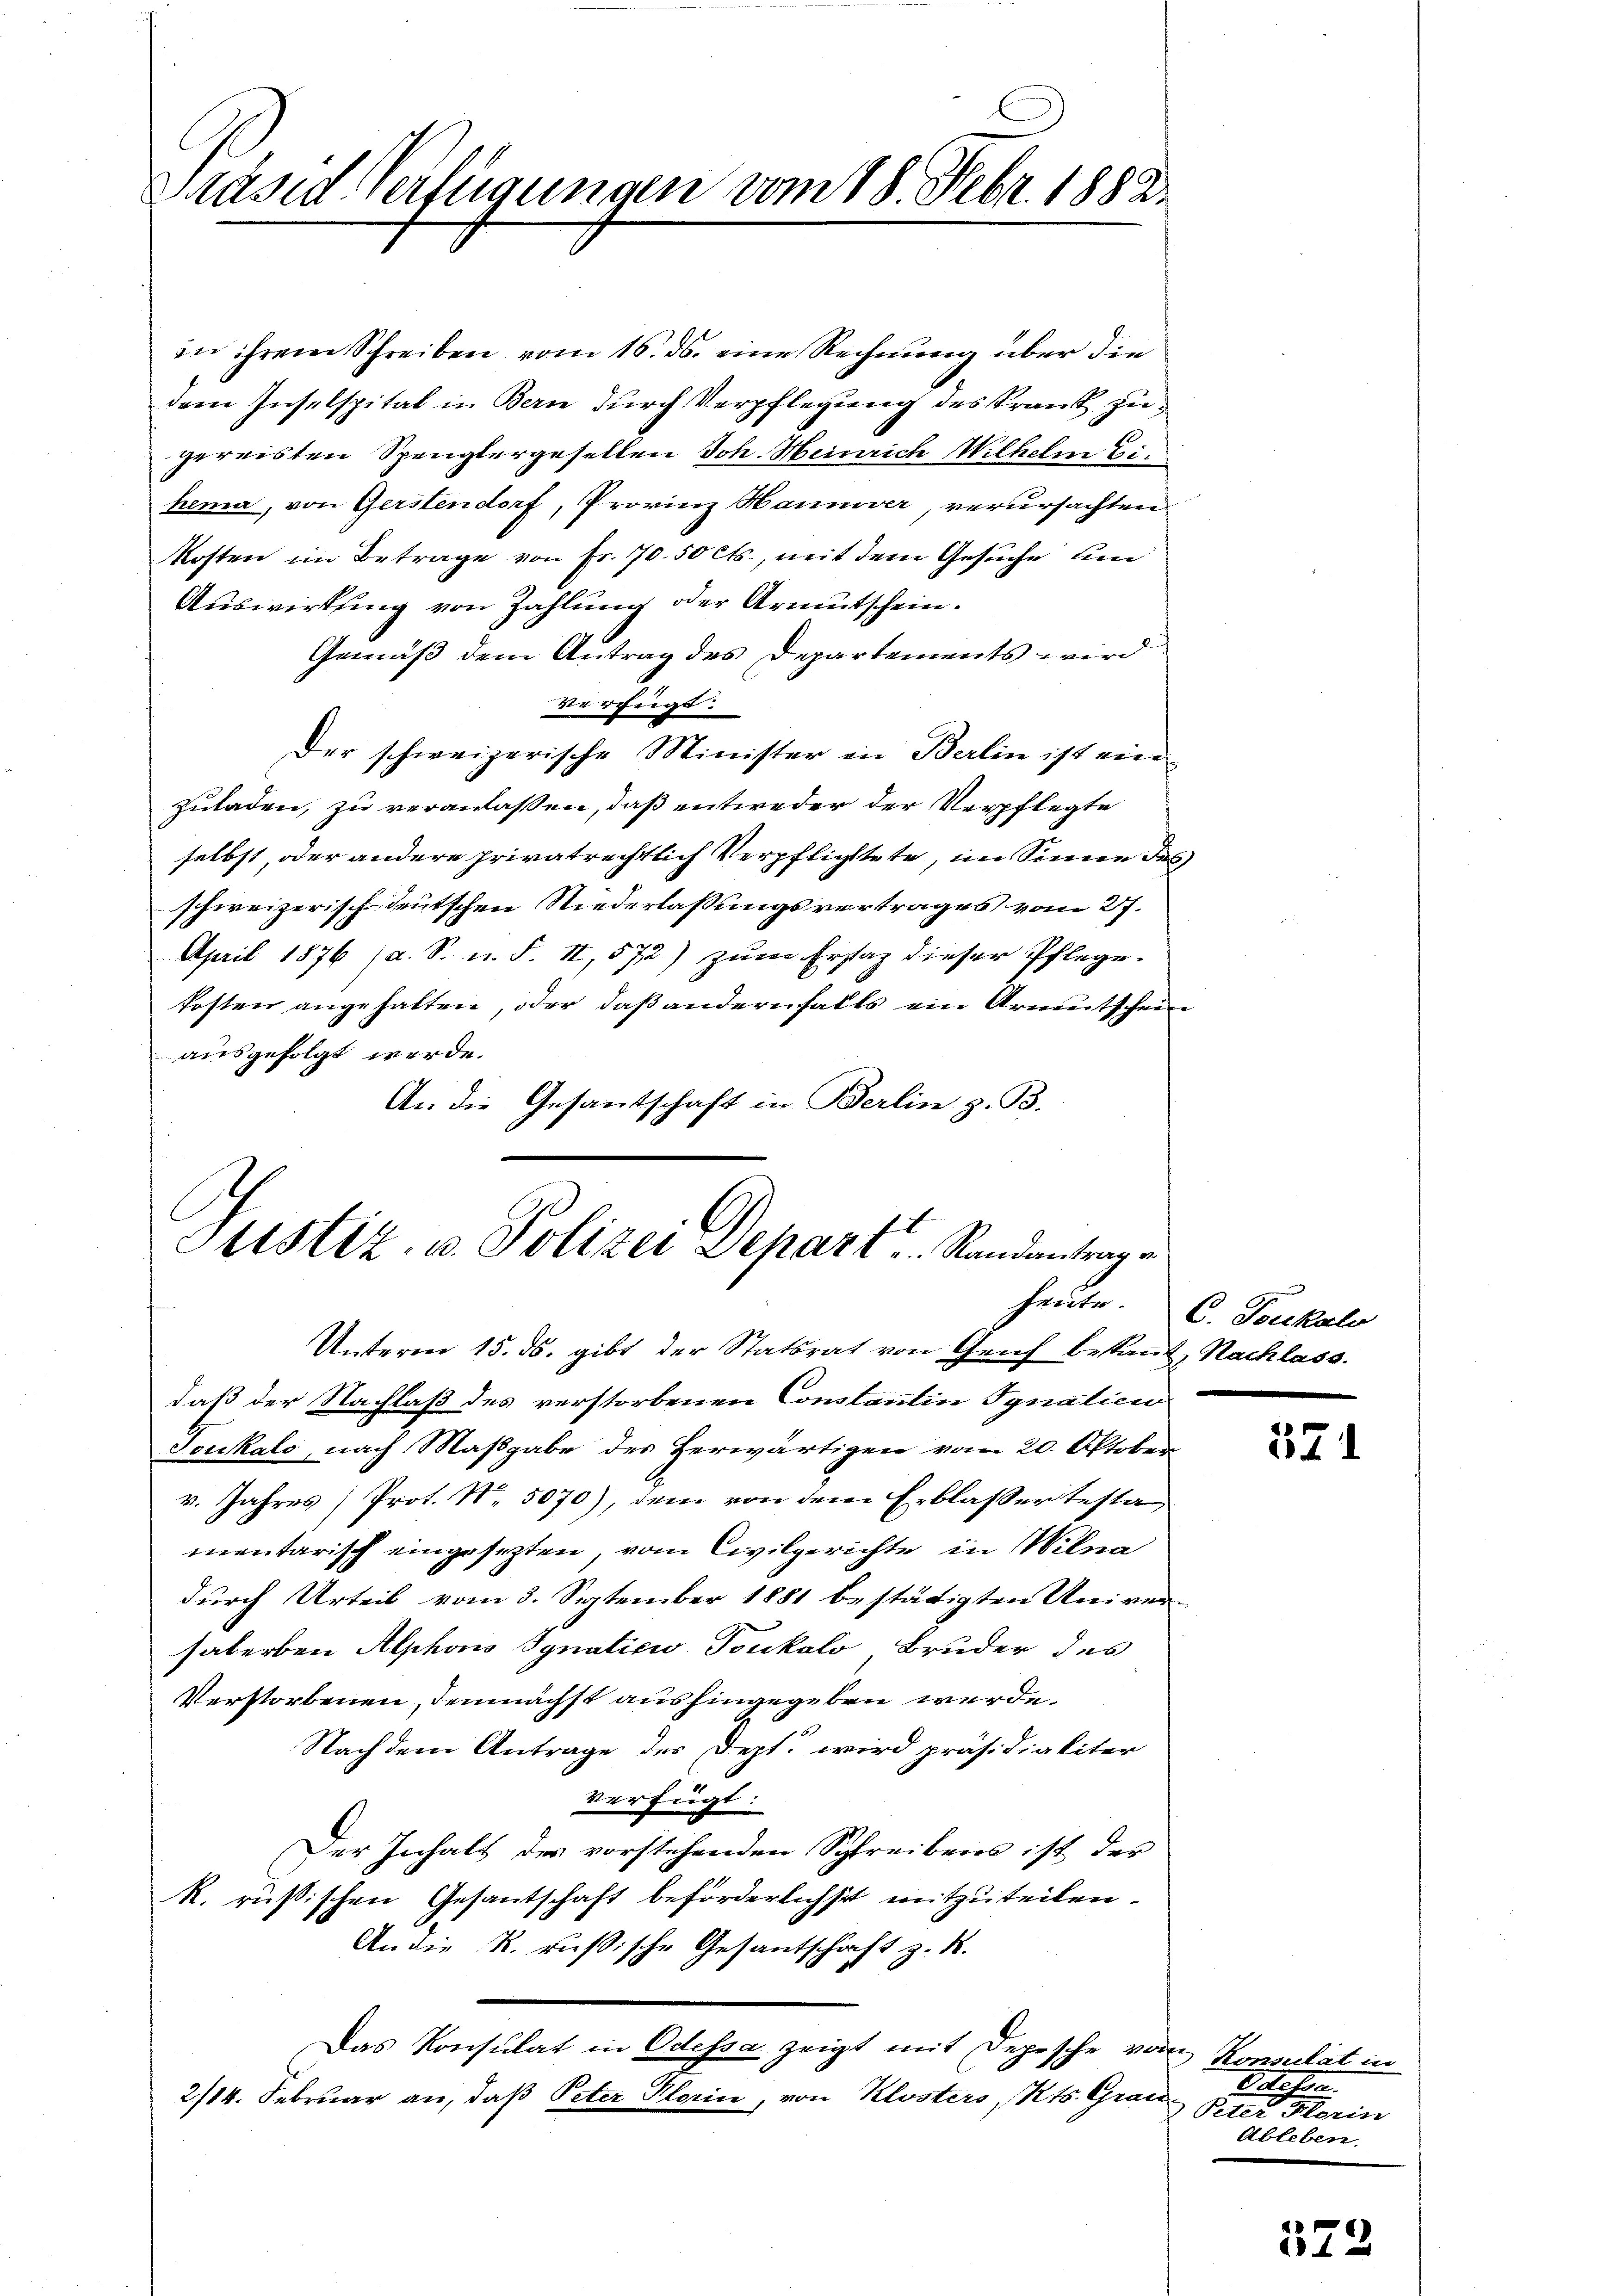
Präsid. Verfügungen vom 18. Febr. 1882.

in ihrem Schreiben vom 16. ds. eine Rechnung über die
deren Inselspital in Bern durch Verpflegung des krank zugereisten Spenglergesellen Joh. Heinrich Wilhelm Eihema, von Gerstendorf, Provinz Hannover, verursachten
Kosten im Betrage von Fr. 70.50 cts., mit dem Gesuche um
Auswirkung von Zahlung oder Armutschein.
Gemäß dem Antrag des Departements wird
Verfügt:
Der schweizerische Minister in Berlin ist eine
zuladen, zu veranlassen, daß entweder der Verpflegte
selbst, oder andere privatrechtlich Verpflichtete, im Sinne des
schweizerisch-deutschen Niederlassungsvertrages vom 27.
April 1876 (a. S. u. F. II, 572) zŭm Erstag dieser Pflege.
kosten angehalten, oder daß andernfalls ein Armutschein
ausgefolgt werde.
An die Gesandschaft in Berlin z. B.

Justiz- u. Polizei Depart Randantrage

heute.

Unterm 15. ds. gibt der Statsrat von Genf bekannt, Nachlass.
daß der Nachlaß des verstorbenen Constantin Ignation
Jeukalo, nach Maßgabe des Herwärtigen vom 20. Oktober
v. Jahres Prot. N. 5070), dem von dem Erblasser testa
mentarisch eingesezten, vom Civilgerichte in Milna
durch Urteil vom 3. September 1881 bestätigten Univer-
salerben Alphons Ignaticu Toukalo Bruder des
Verstorbenen, demnächst aushingegeben werde.
Nach dem Antrage des Dept. wird präsidialiter
verfügt:
Der Inhalt des vorstehenden Schreibens ist der
R. russischen Gesantschaft beförderlichst mitzuteilen.
An die R. rußische Gesantschaft z. B.
Das Konsulat in Odessa zeigt mit Depesche vom Konsulat in
2/14. Februar an, daß Peter Plorin, von Klosters, Kts. Grau

C. Toukalo

371

D Aufen.
Peter Herin
Ableben.

572